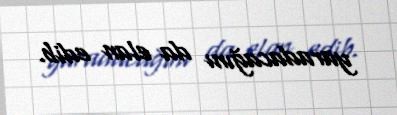
yaradacağını da elan edib.